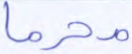
محرما